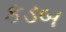
કડબ